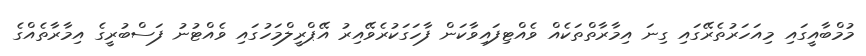
މުމްބާއީގައި މިއަހަރުތެރޭގައި ގިނަ އިމާރާތްތަކެއް ވެއްޓިފައިވާކަން ފާހަގަކުރެވޭއިރު އޭޕްރީލްމަހުގައި ވެއްޓުނު ފަސްބުރީގެ އިމާރާތެއްގެ